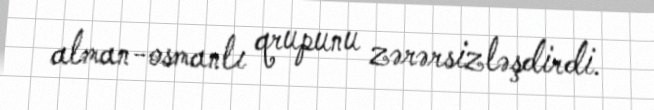
alman-osmanlı qrupunu zərərsizləşdirdi.